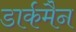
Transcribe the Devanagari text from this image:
डार्कमैन